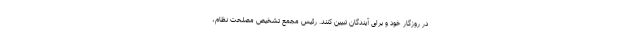
در روزگار خود و برای آیندگان تبیین کنند. رئیس مجمع تشخیص مصلحت نظام،